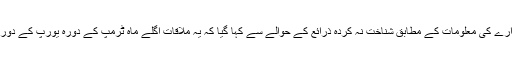
غیرملکی خبررساں ادارے کی معلومات کے مطابق شناخت نہ کردہ ذرائع کے حوالے سے کہا گیا کہ یہ ملاقات اگلے ماہ ٹرمپ کے دورہ یورپ کے دوران ہونے کی توقع ہے۔